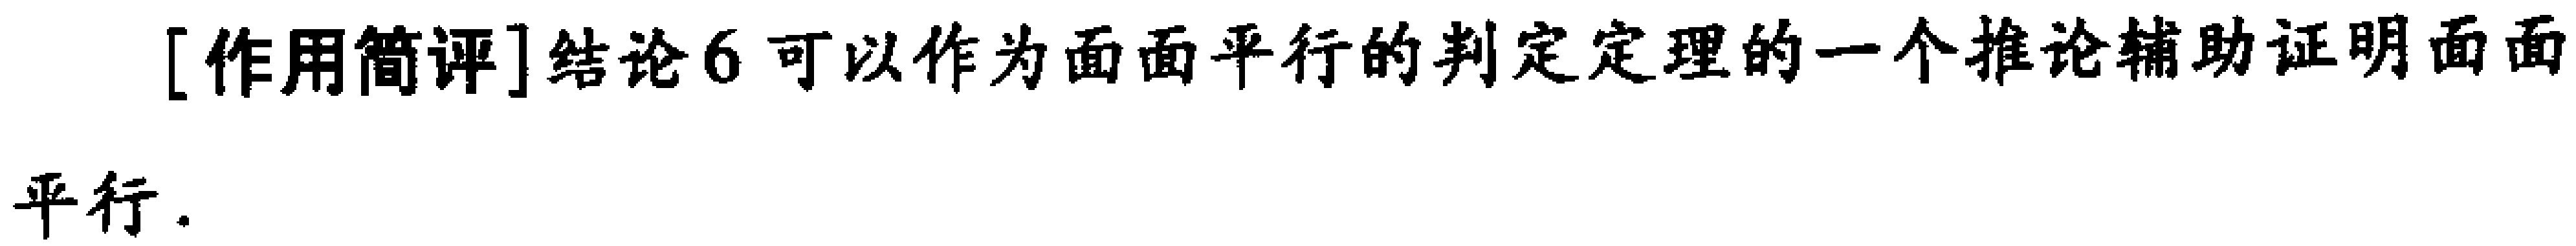
[作用简评]结论6可以作为面面平行的判定定理的一个推论辅助证明面面平行.